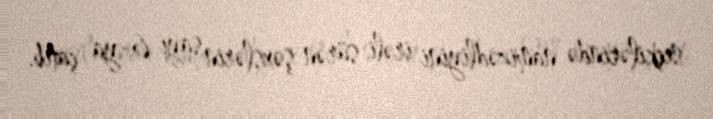
seçkilərində namizədliyini irəli sürən şəxslərin sayı 6-ya çatıb.